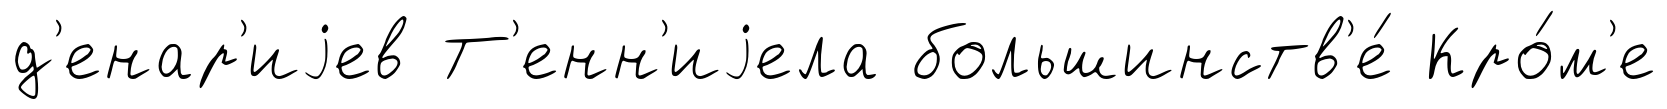
д'енар'иjев Т'енн'иjела большинств'е́ Кро́м'е